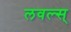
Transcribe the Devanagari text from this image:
लवल्स्